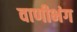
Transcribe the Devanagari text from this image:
वाणीभंग